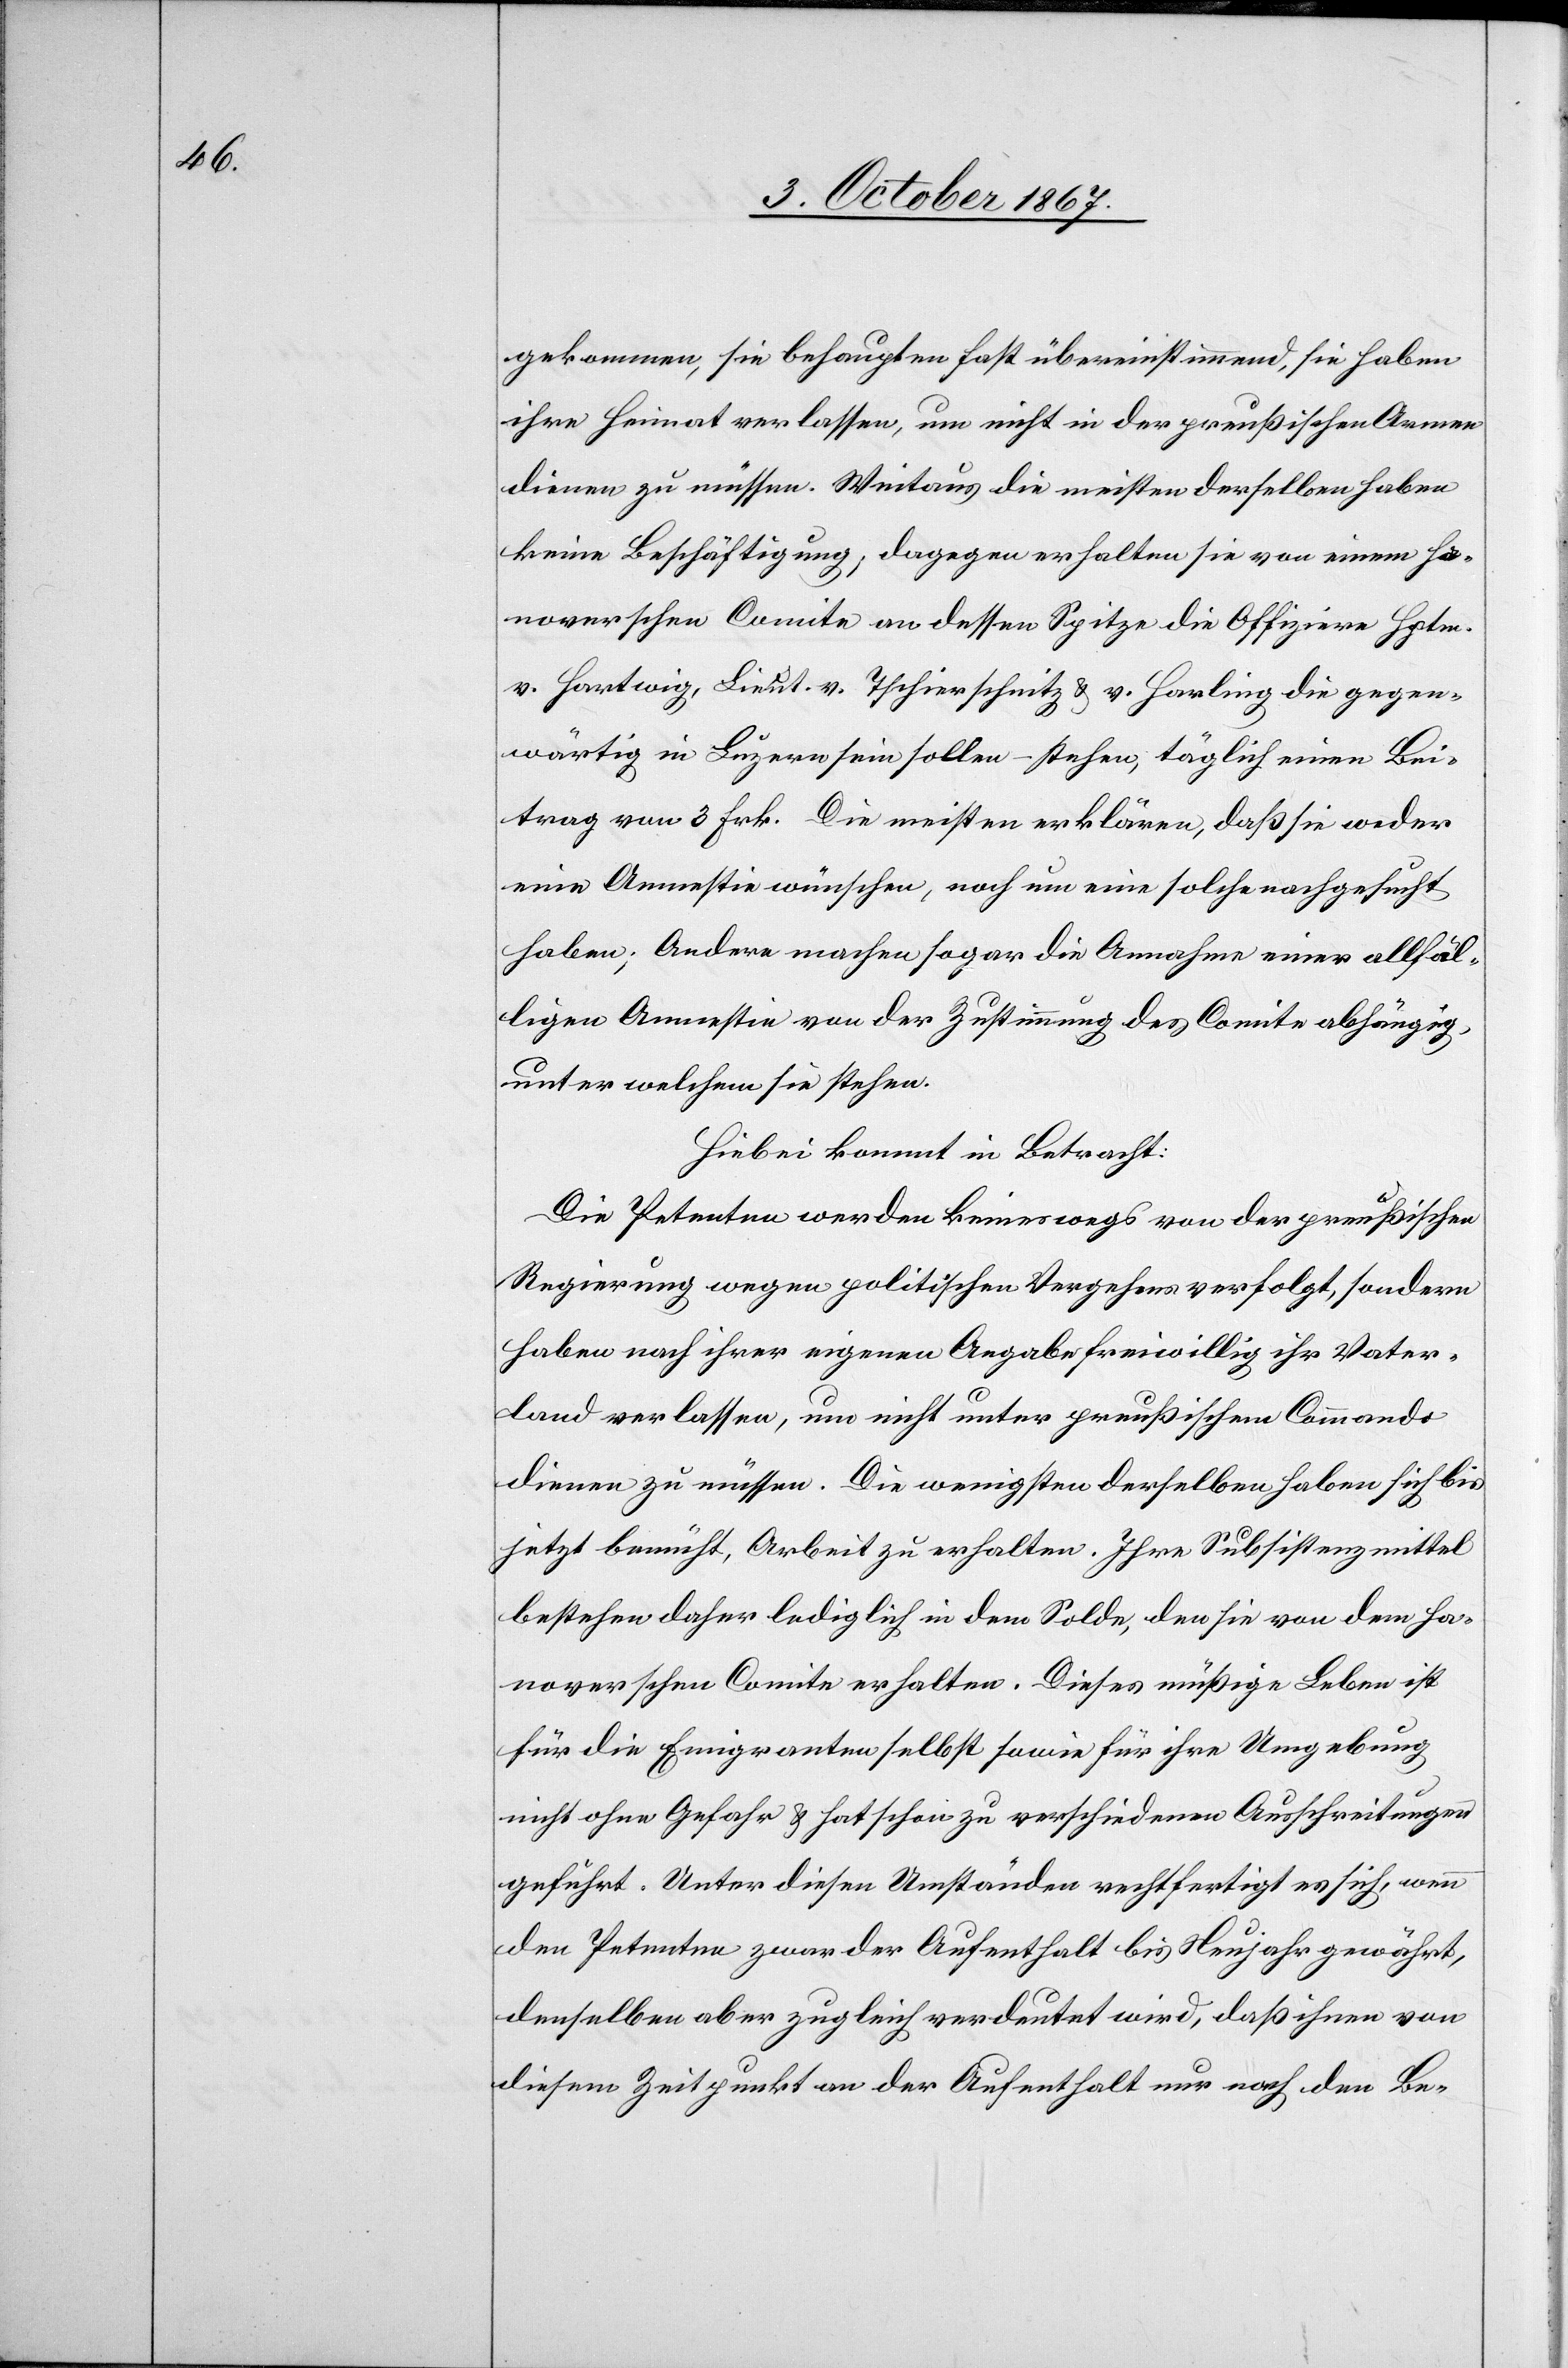
gekommen, sie behaupten fast übereinstimmend, sie haben
ihre Heimat verlassen, um nicht in der preußischen Armee
dienen zu müssen. Weitaus die meisten derselben haben
keine Beschäftigung, dagegen erhalten sie von einem ha¬
noverschen Comite an dessen Spitze die Offiziere Hptm.
v. Hartwig, Lieut. v. Tschierschnitz u. v. Harling die gegen¬
wärtig in Luzern sein sollen – stehen, täglich einen Bei¬
trag von 3 Frk. Die meisten erklären, daß sie weder
eine Amnestie wünschen, noch um eine solche nachgesucht
haben; Andere machen sogar die Annahme einer allfäl¬
ligen Amnestie von der Zustimmung des Comite abhängig,
unter welchem sie stehen.
Hiebei kommt in Betracht:
Die Petenten werden keineswegs von der preußischen
Regierung wegen politischen Vergehen verfolgt, sondern
haben nach ihrer eigenen Angabe freiwillig ihr Vater¬
land verlassen, um nicht unter preußischem Commando
dienen zu müssen. Die wenigsten derselben haben sich bis
jetzt bemüht, Arbeit zu erhalten. Ihre Subsistenzmittel
bestehen daher lediglich in dem Solde, den sie von dem ha¬
noverschen Comite erhalten. Dieses müßige Leben ist
für die Emigranten selbst sowie für ihre Umgebung
nicht ohne Gefahr u. hat schon zu verschiedenen Ausschreitungen
geführt. Unter diesen Umständen rechtfertigt es sich, wenn
den Petenten zwar der Aufenthalt bis Neujahr gewährt,
denselben aber zugleich verdeutet wird, daß ihnen von
diesem Zeitpunkt an der Aufenthalt nur nach dem Be-